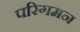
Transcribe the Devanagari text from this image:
परिगमन